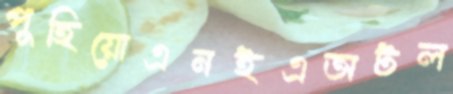
পুহিয়োএনইএঅটল